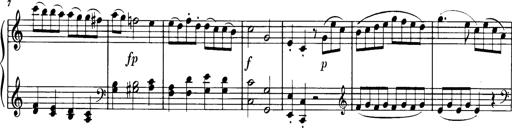
Title: Sonatine in C
Composer: Anton Eberl
Key: C major